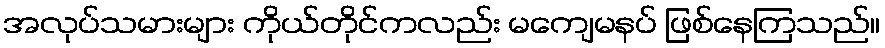
အလုပ်သမားများ ကိုယ်တိုင်ကလည်း မကျေမနပ် ဖြစ်နေကြသည်။